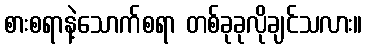
စားစရာနဲ့သောက်စရာ တစ်ခုခုလိုချင်သလား။